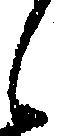
候